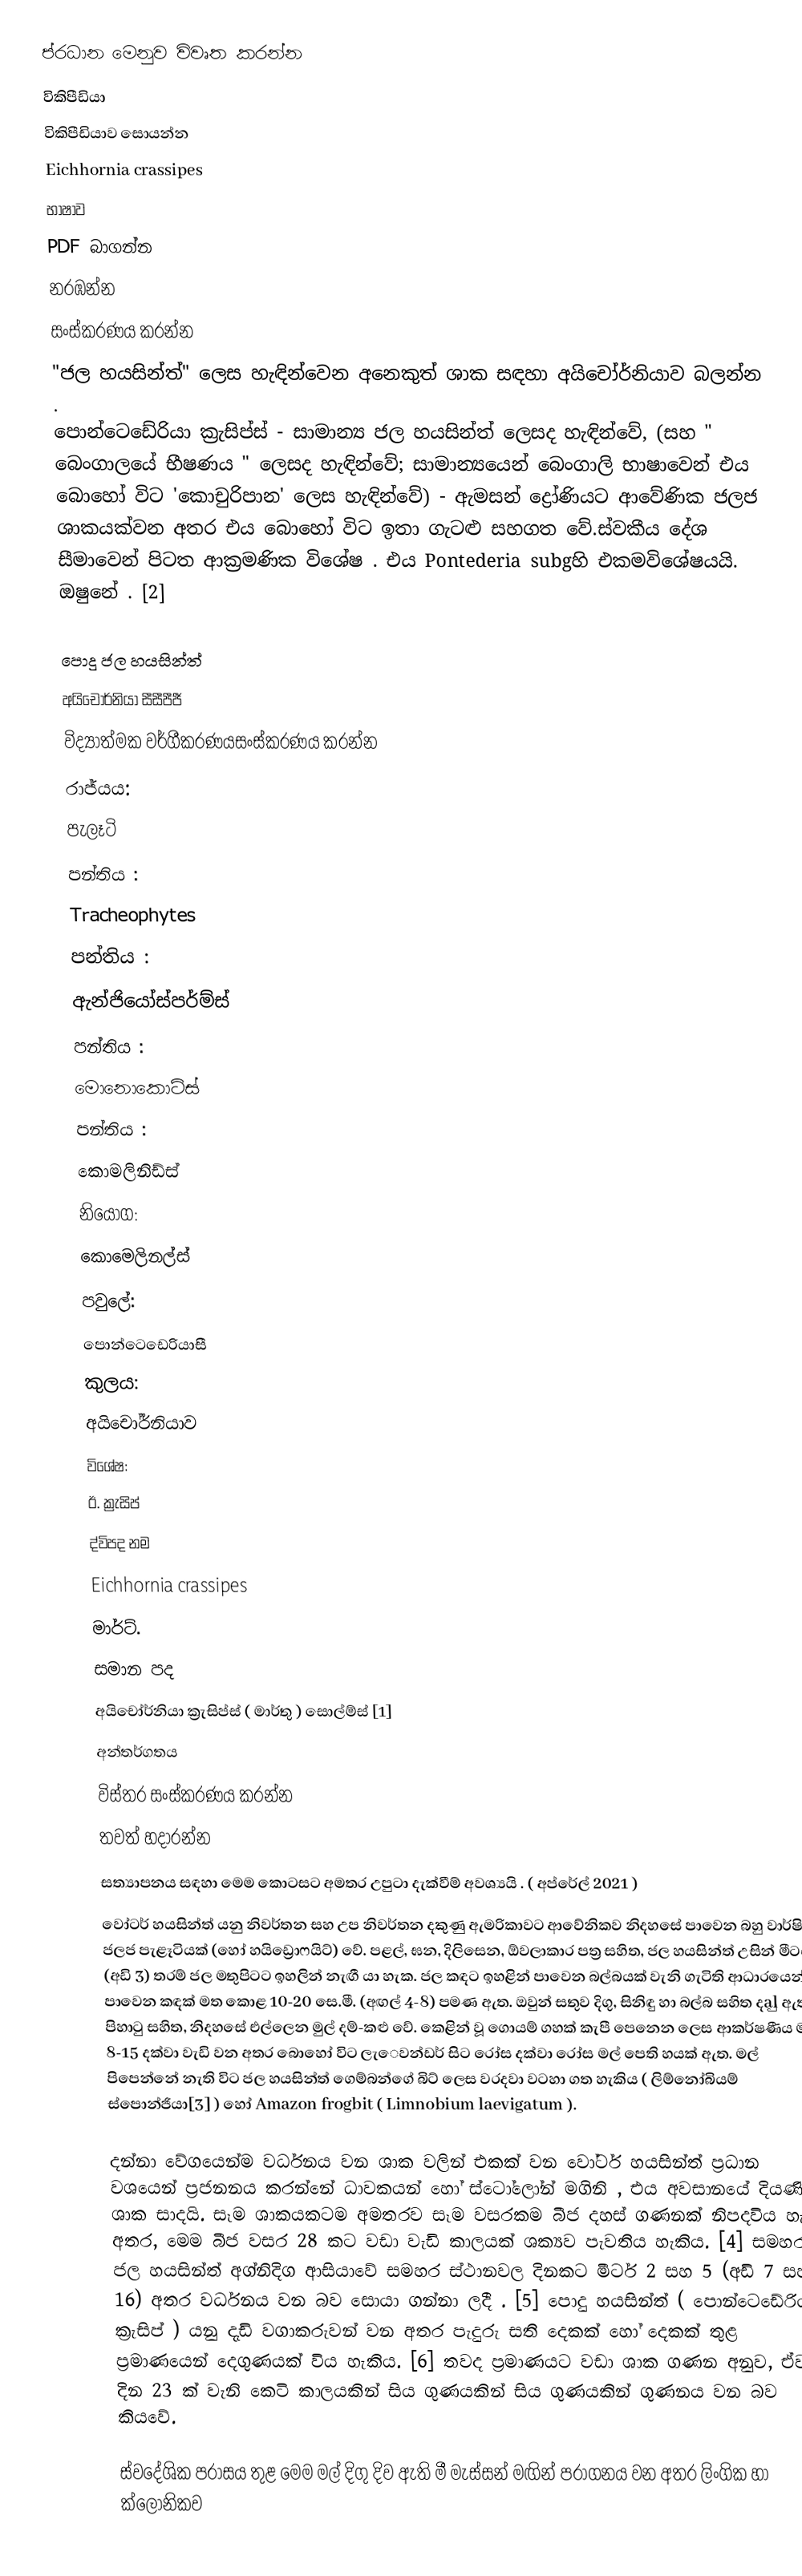
ප්රධාන මෙනුව විවෘත කරන්න
විකිපීඩියා
විකිපීඩියාව සොයන්න
Eichhornia crassipes
භාෂාව
PDF බාගන්න
නරඹන්න
සංස්කරණය කරන්න
"ජල හයසින්ත්" ලෙස හැඳින්වෙන අනෙකුත් ශාක සඳහා අයිචෝර්නියාව බලන්න .
පොන්ටෙඩේරියා ක්‍රැසිප්ස් - සාමාන්‍ය ජල හයසින්ත් ලෙසද හැඳින්වේ, (සහ " බෙංගාලයේ භීෂණය " ලෙසද හැඳින්වේ; සාමාන්‍යයෙන් බෙංගාලි භාෂාවෙන් එය බොහෝ විට 'කොචුරිපාන' ලෙස හැඳින්වේ) - ඇමසන් ද්‍රෝණියට ආවේණික ජලජ ශාකයක්වන අතර එය බොහෝ විට ඉතා ගැටළු සහගත වේ.ස්වකීය දේශ සීමාවෙන් පිටත ආක්‍රමණික විශේෂ . එය Pontederia subgහි එකමවිශේෂයයි. ඔෂුනේ . [2]

පොදු ජල හයසින්ත්
අයිචෝර්නියා සීසීපීජී
විද්‍යාත්මක වර්ගීකරණයසංස්කරණය කරන්න
රාජ්යය:
පැලෑටි
පන්තිය :
Tracheophytes
පන්තිය :
ඇන්ජියෝස්පර්ම්ස්
පන්තිය :
මොනොකොට්ස්
පන්තිය :
කොමලිනිඩ්ස්
නියෝග:
කොමෙලිනල්ස්
පවුලේ:
පොන්ටෙඩෙරියාසී
කුලය:
අයිචෝර්නියාව
විශේෂ:
ඊ. ක්‍රැසිප්
ද්විපද නම
Eichhornia crassipes
මාර්ට්.
සමාන පද
අයිචෝර්නියා ක්‍රැසිප්ස් ( මාර්තු ) සොල්ම්ස් [1]
අන්තර්ගතය
විස්තර	සංස්කරණය කරන්න
තවත් හදාරන්න
සත්‍යාපනය සඳහා මෙම කොටසට අමතර උපුටා දැක්වීම් අවශ්‍යයි . ( අප්රේල් 2021 )
වෝටර් හයසින්ත් යනු නිවර්තන සහ උප නිවර්තන දකුණු ඇමරිකාවට ආවේනිකව නිදහසේ පාවෙන බහු වාර්ෂික ජලජ පැළෑටියක් (හෝ හයිඩ්‍රොෆයිට්) වේ. පළල්, ඝන, දිලිසෙන, ඕවලාකාර පත්‍ර සහිත, ජල හයසින්ත් උසින් මීටර 1 (අඩි 3) තරම් ජල මතුපිටට ඉහලින් නැඟී යා හැක. ජල කඳට ඉහළින් පාවෙන බල්බයක් වැනි ගැටිති ආධාරයෙන් පාවෙන කඳක් මත කොළ 10-20 සෙ.මී. (අඟල් 4-8) පමණ ඇත. ඔවුන් සතුව දිගු, සිනිඳු හා බල්බ සහිත දalු ඇත. පිහාටු සහිත, නිදහසේ එල්ලෙන මුල් දම්-කළු වේ. කෙළින් වූ ගොයම් ගහක් කැපී පෙනෙන ලෙස ආකර්ෂණීය මල් 8-15 දක්වා වැඩි වන අතර බොහෝ විට ලැෙවන්ඩර් සිට රෝස දක්වා රෝස මල් පෙති හයක් ඇත. මල් පිපෙන්නේ නැති විට ජල හයසින්ත් ගෙම්බන්ගේ බිට් ලෙස වරදවා වටහා ගත හැකිය ( ලිම්නෝබියම් ස්පොන්ජියා[3] ) හෝ Amazon frogbit ( Limnobium laevigatum ).

දන්නා වේගයෙන්ම වර්ධනය වන ශාක වලින් එකක් වන වෝටර් හයසින්ත් ප්‍රධාන වශයෙන් ප්‍රජනනය කරන්නේ ධාවකයන් හෝ ස්ටෝලෝන් මගිනි , එය අවසානයේ දියණිය ශාක සාදයි. සෑම ශාකයකටම අමතරව සෑම වසරකම බීජ දහස් ගණනක් නිපදවිය හැකි අතර, මෙම බීජ වසර 28 කට වඩා වැඩි කාලයක් ශක්‍යව පැවතිය හැකිය. [4] සමහර ජල හයසින්ත් අග්නිදිග ආසියාවේ සමහර ස්ථානවල දිනකට මීටර් 2 සහ 5 (අඩි 7 සහ 16) අතර වර්ධනය වන බව සොයා ගන්නා ලදී . [5] පොදු හයසින්ත් ( පොන්ටෙඩේරියා ක්‍රැසිප් ) යනු දැඩි වගාකරුවන් වන අතර පැදුරු සති දෙකක් හෝ දෙකක් තුළ ප්‍රමාණයෙන් දෙගුණයක් විය හැකිය. [6] තවද ප්‍රමාණයට වඩා ශාක ගණන අනුව, ඒවා දින 23 ක් වැනි කෙටි කාලයකින් සිය ගුණයකින් සිය ගුණයකින් ගුණනය වන බව කියවේ.

ස්වදේශික පරාසය තුළ මෙම මල් දිගු දිව ඇති මී මැස්සන් මඟින් පරාගනය වන අතර ලිංගික හා ක්ලෝනිකව